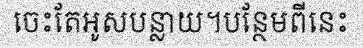
ចេះតែអូសបន្លាយ។បន្ថែមពីនេះ